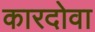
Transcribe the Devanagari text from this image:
कारदोवा